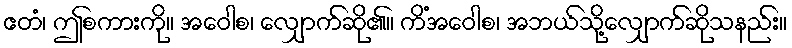
ဧတံ၊ ဤစကားကို။ အဝေါစ၊ လျှောက်ဆို၏။ ကိံအဝေါစ၊ အဘယ်သို့လျှောက်ဆိုသနည်း။